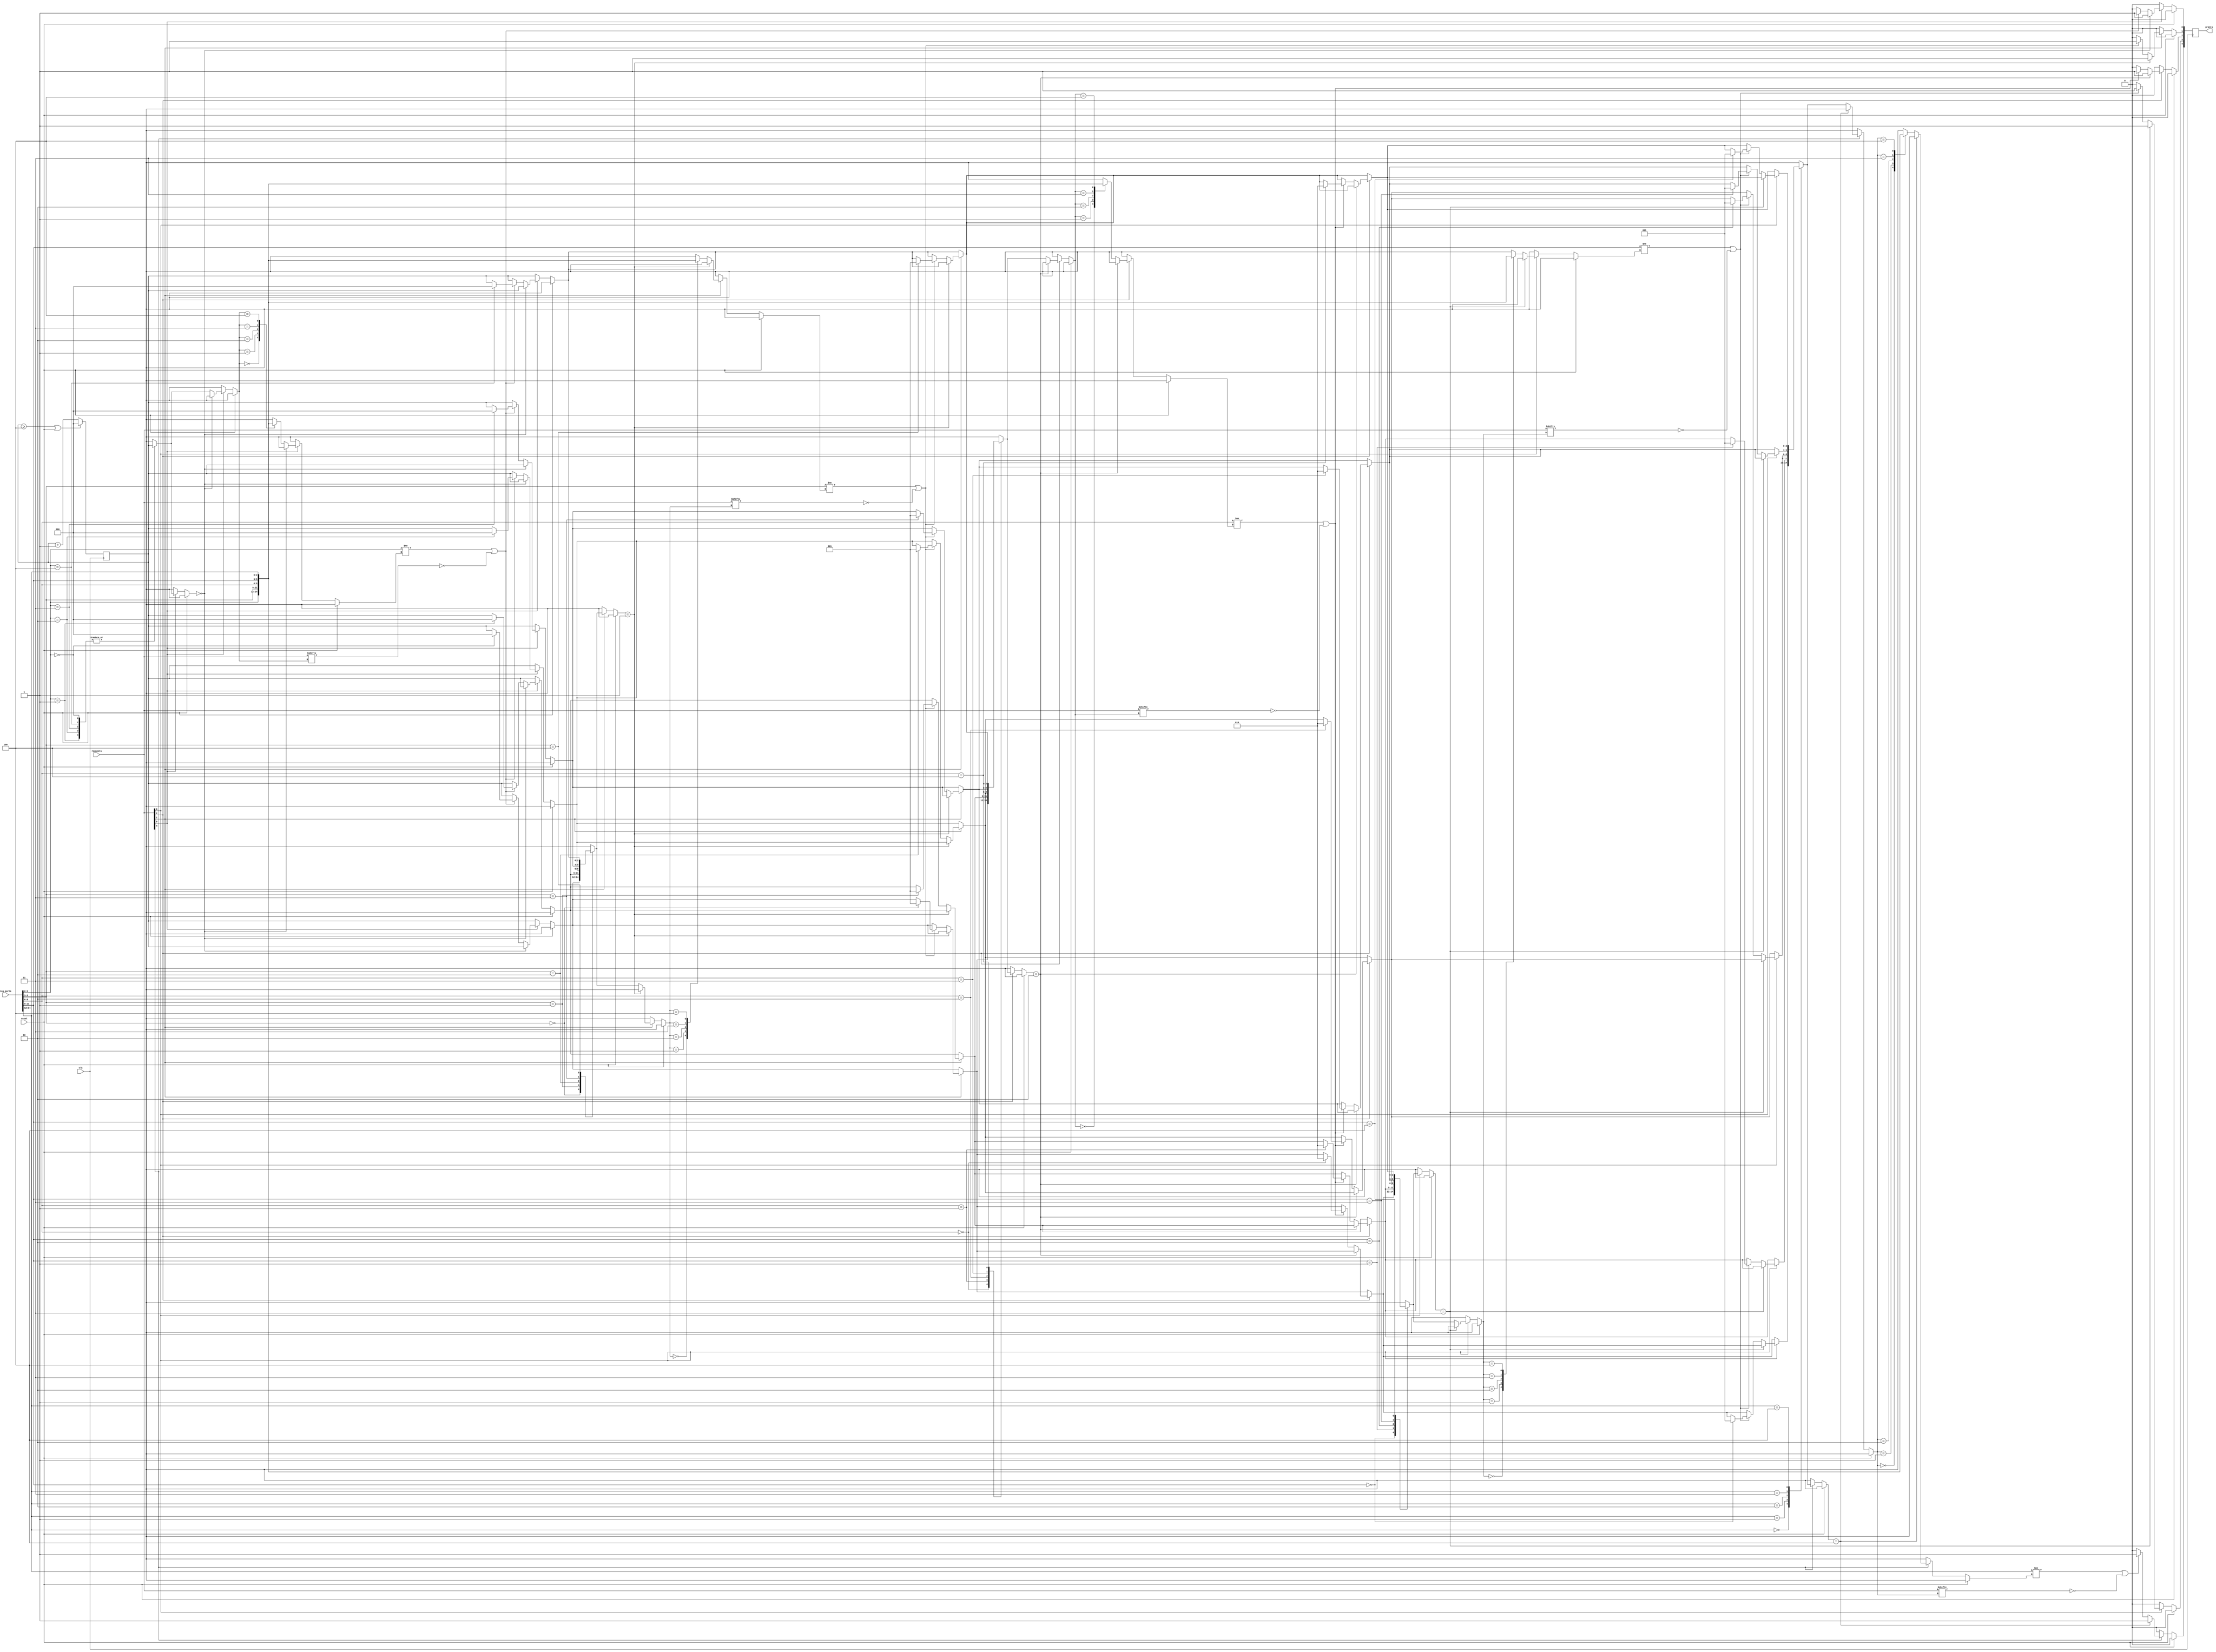

/** @module : arbiter
 *  @author : Behzad Davoodnia
 
 *  Copyright (c) 2010 Heracles (CSG/CSAIL/MIT)
 *  Permission is hereby granted, free of charge, to any person obtaining a copy
 *  of this software and associated documentation files (the "Software"), to deal
 *  in the Software without restriction, including without limitation the rights
 *  to use, copy, modify, merge, publish, distribute, sublicense, and/or sell
 *  copies of the Software, and to permit persons to whom the Software is
 *  furnished to do so, subject to the following conditions:
 *  The above copyright notice and this permission notice shall be included in
 *  all copies or substantial portions of the Software.

 *  THE SOFTWARE IS PROVIDED "AS IS", WITHOUT WARRANTY OF ANY KIND, EXPRESS OR
 *  IMPLIED, INCLUDING BUT NOT LIMITED TO THE WARRANTIES OF MERCHANTABILITY,
 *  FITNESS FOR A PARTICULAR PURPOSE AND NONINFRINGEMENT. IN NO EVENT SHALL THE
 *  AUTHORS OR COPYRIGHT HOLDERS BE LIABLE FOR ANY CLAIM, DAMAGES OR OTHER
 *  LIABILITY, WHETHER IN AN ACTION OF CONTRACT, TORT OR OTHERWISE, ARISING FROM,
 *  OUT OF OR IN CONNECTION WITH THE SOFTWARE OR THE USE OR OTHER DEALINGS IN
 *  THE SOFTWARE.
 */
//----------------------------------------------------
// Parameterized weak round-robin arbiter.
//----------------------------------------------------
module arbiter #(parameter IN_PORTS = 5, OUT_PORT_BITS = 3) (
    input  clk,
    input  reset,
 	input  [IN_PORTS - 1:0]                   requests, 
	input  [(IN_PORTS * OUT_PORT_BITS) - 1:0] req_ports, 
	output [IN_PORTS - 1:0]                   grants
);

//--------------Internal Registers----------------------
reg   [OUT_PORT_BITS - 1: 0]   port_priority [IN_PORTS - 1:0]; // to store temporary values 
reg   [IN_PORTS - 1: 0]        temp_grants; 
wire  [OUT_PORT_BITS - 1: 0]   p_req_ports [IN_PORTS - 1:0]; // to store temporary values
reg   [OUT_PORT_BITS - 1: 0] turn; 

integer i; 
genvar j;
generate
	   for (j = 0; j < IN_PORTS; j = j + 1) begin : ARB_PORTS
      		assign p_req_ports[j] = req_ports [(((j + 1) *OUT_PORT_BITS)-1) -: OUT_PORT_BITS]; 
  	   end
endgenerate 

//--------------Code Starts Here----------------------- 
always @ (posedge clk)
	if (reset) begin
		for (i = 0; i < IN_PORTS; i = i + 1) begin
  			port_priority  [i]  = 0;
  			temp_grants [i]     = 0;
  		end 
	end 
    else begin  
        temp_grants = 0; // resetting  
    
  		for (i = 0; i < IN_PORTS; i = i + 1) begin
  			port_priority[i] = turn; 
  		end 

 	    for (i = 0; i < IN_PORTS; i = i + 1) begin
		   //$display (" Port :  %d requesting: %d request bit: %b priority: %b ", i, p_req_ports [i], 
		   //           requests [i], port_priority[p_req_ports [i]]); 
  			if (requests [i]) begin
    	          if (port_priority[p_req_ports [i]] == i) begin
    	              temp_grants[i] = 1;  
    	          end
	             else begin 
    	                 if ((p_req_ports[i] != p_req_ports[port_priority[p_req_ports [i]]]) 
  	                       | (~requests[port_priority[p_req_ports [i]]]))begin
    	                   temp_grants[i] = 1; 
    	                   port_priority[p_req_ports [i]] = i;  
    	                 end    
	             end 
	       end
 	  end 
    	//$display ("Requests:      %b ",  requests);
    	//$display ("Granted :      %b ", grants); 	  
	end

//----------------------------------------------------
// To change priority
//----------------------------------------------------	
always @ (posedge clk)
     turn <= ((turn >= IN_PORTS - 1)| reset)? 0: turn + 1;

//----------------------------------------------------
// Drive the outputs
//----------------------------------------------------
	assign grants   = temp_grants;
	 
endmodule